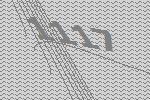
1117